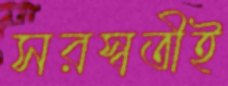
সরস্বতীই